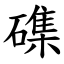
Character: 磼